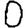
Digit: 0